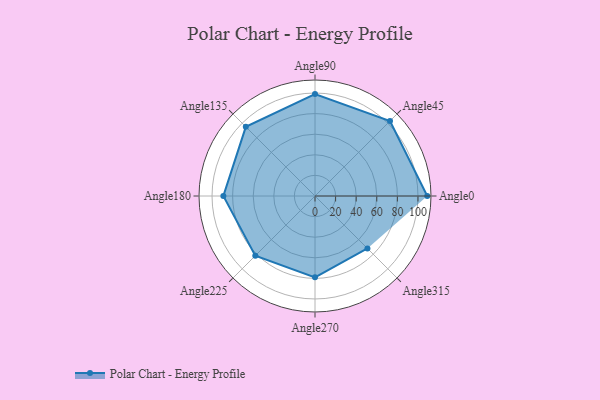
{"axis": {"x": "Angle", "y": "Radius"}, "legend": [""], "data": [{"x": "Angle0", "y": 109.0, "type": ""}, {"x": "Angle45", "y": 103.0, "type": ""}, {"x": "Angle90", "y": 99.0, "type": ""}, {"x": "Angle135", "y": 95.0, "type": ""}, {"x": "Angle180", "y": 89.0, "type": ""}, {"x": "Angle225", "y": 82.0, "type": ""}, {"x": "Angle270", "y": 79.0, "type": ""}, {"x": "Angle315", "y": 72.0, "type": ""}]}